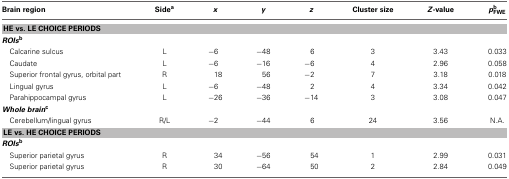
<table><thead><tr><td><b>Brain region</b></td><td><b>Side<sup>a</sup></b></td><td><b><i>x</i></b></td><td><b><i>y</i></b></td><td><b><i>z</i></b></td><td><b>Cluster size</b></td><td><b><i>Z</i>-value</b></td><td><b><i>p</i><sup>b</sup><sub>FWE</sub></b></td></tr></thead><tbody><tr><td colspan="8"><b>HE vs. LE CHOICE PERIODS</b></td></tr><tr><td colspan="8"><b><i>ROIs</i><sup>b</sup></b></td></tr><tr><td>Calcarine sulcus</td><td>L</td><td>−6</td><td>−48</td><td>6</td><td>3</td><td>3.43</td><td>0.033</td></tr><tr><td>Caudate</td><td>L</td><td>−6</td><td>−16</td><td>−6</td><td>4</td><td>2.96</td><td>0.058</td></tr><tr><td>Superior frontal gyrus, orbital part</td><td>R</td><td>18</td><td>56</td><td>−2</td><td>7</td><td>3.18</td><td>0.018</td></tr><tr><td>Lingual gyrus</td><td>L</td><td>−6</td><td>−48</td><td>2</td><td>4</td><td>3.34</td><td>0.042</td></tr><tr><td>Parahippocampal gyrus</td><td>L</td><td>−26</td><td>−36</td><td>−14</td><td>3</td><td>3.08</td><td>0.047</td></tr><tr><td colspan="8"><b><i>Whole brain</i><sup>c</sup></b></td></tr><tr><td>Cerebellum/lingual gyrus</td><td>R/L</td><td>−2</td><td>−44</td><td>6</td><td>24</td><td>3.56</td><td>N.A.</td></tr><tr><td colspan="8"><b>LE vs. HE CHOICE PERIODS</b></td></tr><tr><td colspan="8"><b><i>ROIs</i><sup>b</sup></b></td></tr><tr><td>Superior parietal gyrus</td><td>R</td><td>34</td><td>−56</td><td>54</td><td>1</td><td>2.99</td><td>0.031</td></tr><tr><td>Superior parietal gyrus</td><td>R</td><td>30</td><td>−64</td><td>50</td><td>2</td><td>2.84</td><td>0.049</td></tr></tbody></table>